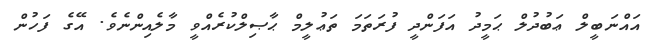
އައްނަބީލް ޢަބުދުލް ޙަމީދު އަފަންދީ ފުރަތަމަ ތަޢުލީމް ޙާޞިލްކުރެއްވީ މާލެއިންނެވެ. އޭގެ ފަހުން